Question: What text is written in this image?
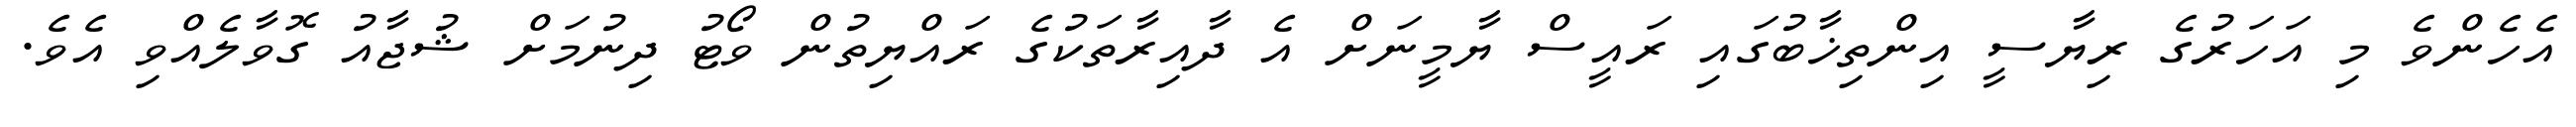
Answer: އެހެންވެ މި އަހަރުގެ ރިޔާސީ އިންތިޚާބުގައި ރައީސް ޔާމީނަށް އެ ދާއިރާތަކުގެ ރައްޔިތުން ވޯޓު ދިނުމަށް ޝުޖާއު ގޮވާލެއްވި އެވެ.